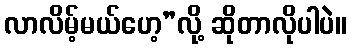
လာလိမ့်မယ်ဟေ့”လို့ ဆိုတာလိုပါပဲ။